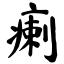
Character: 瘌